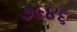
૭૯૪૬